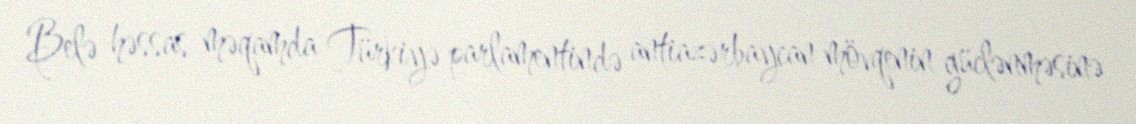
Belə həssas məqamda Türkiyə parlamentində antiazərbaycan mövqenin güclənməsinə